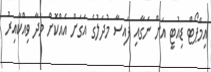
އިމްޕޯޓް ޑިއުޓީ އަށް ނަގާއި ފައިސާ މުދަލުގެ އަގަށް އެއްކޮށް މުދާ ވިއްކާއިރު